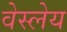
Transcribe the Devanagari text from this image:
वेस्लेय